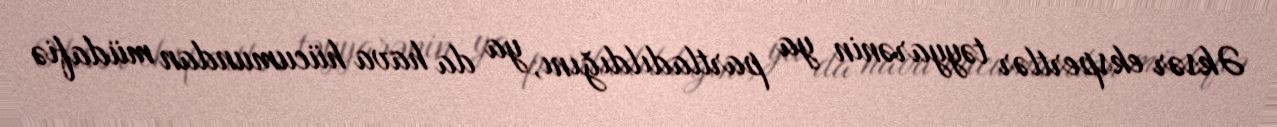
Əksər ekspertlər təyyarənin ya partladıldığını, ya da hava hücumundan müdafiə